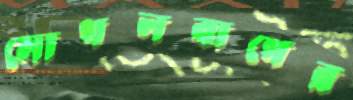
মোগলবাগের